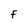
Character: F